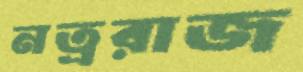
নত্ররাজ